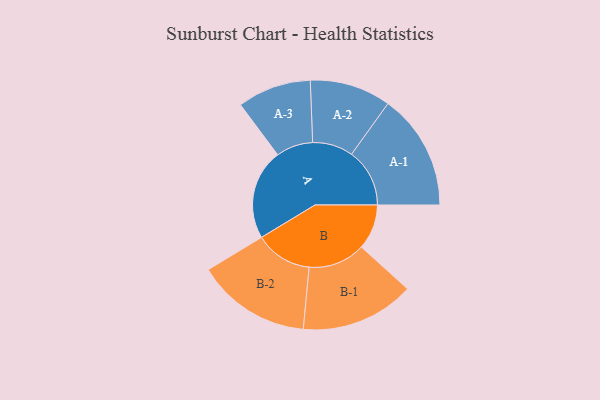
{"axis": {"x": "Segment", "y": "Value"}, "legend": ["", "A", "B"], "data": [{"x": "A", "y": 397, "type": ""}, {"x": "B", "y": 198, "type": ""}, {"x": "A-1", "y": 255, "type": "A"}, {"x": "A-2", "y": 178, "type": "A"}, {"x": "A-3", "y": 162, "type": "A"}, {"x": "B-1", "y": 250, "type": "B"}, {"x": "B-2", "y": 251, "type": "B"}]}